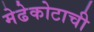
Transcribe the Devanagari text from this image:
मेढेकोटाची